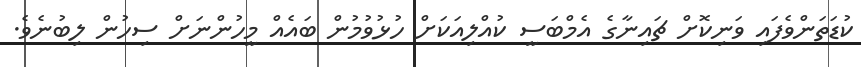
ކުޑަތަންވެފައި ވަނިކޮށް ޗައިނާގެ އެމްބަސީ ކުއްލިއަކަށް ހުޅުވުމުން ބައެއް މީހުންނަށް ސިހުން ލިބުނެވެ.